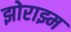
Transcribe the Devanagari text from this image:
झोराझ्म